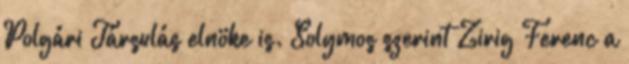
Polgári Társulás elnöke is. Solymos szerint Zirig Ferenc a